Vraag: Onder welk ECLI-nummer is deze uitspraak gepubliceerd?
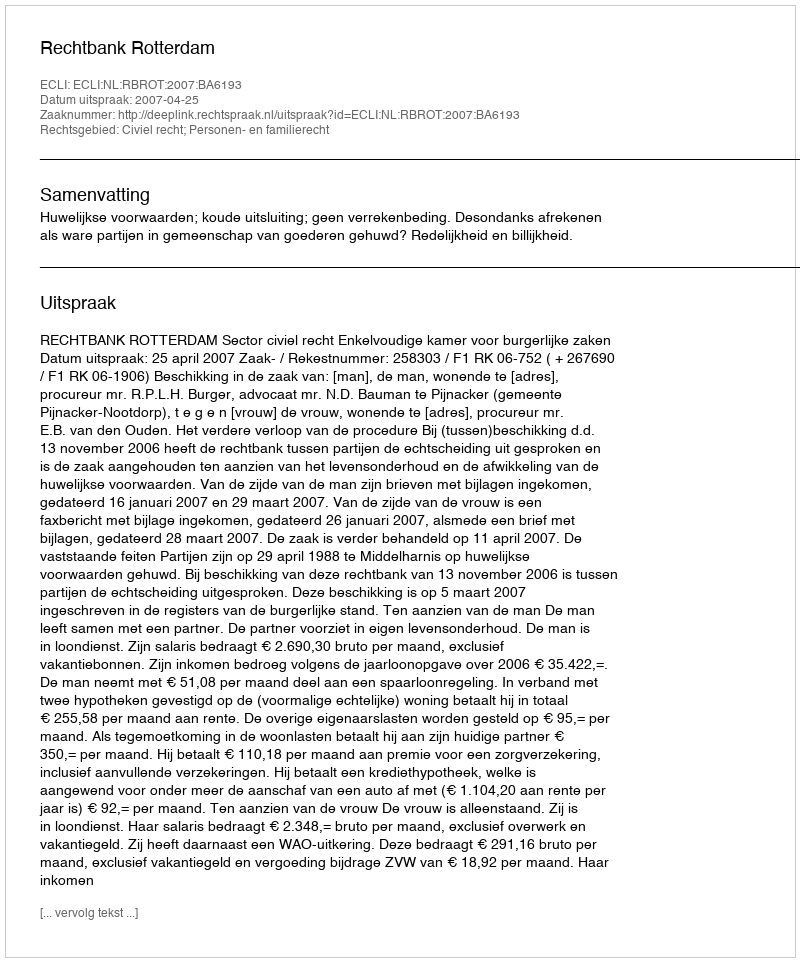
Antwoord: ECLI:NL:RBROT:2007:BA6193